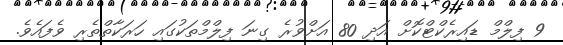
9 ފިލްމް ޑައިރެކްޓްކޮށް އަދި 80 އަށްވުރެ ގިނަ ފިލްމްތަކުގައި ހަރަކާތްތެރި ވެފައެވެ.